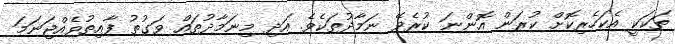
ތަކަކީ އެކަހެރިކޮށް ކުރަން އޮންނަ ކުރެވޭ ނަމާދުތަކެވެ. އަދި މިނަމާދުތައް ވަގުތު ފާއިތުވެއްޖަނަމަ